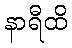
နာရီထိ